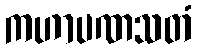
ကဟာပဏသတံ